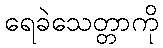
ရေခဲသေတ္တာကို